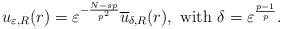
LaTeX: \begin{align*}u_{\varepsilon,R}(r) = \varepsilon^{-\frac{N-sp}{p^2}}\overline{u}_{\delta,R}(r), \ \mbox{with} \ \delta = \varepsilon^{\frac{p-1}{p}}.\end{align*}